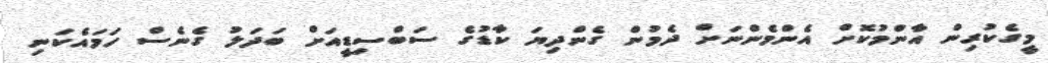
މީގެކުރިން އާންމުކޮށް އެންމެންނަށް ދެމުން ގެންދިޔަ ކާޑުގެ ސަބްސިޑީއަށް ބަދަލު ގެނެސް ހަމައެކަނި